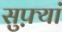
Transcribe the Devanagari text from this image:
सुफ़्यां